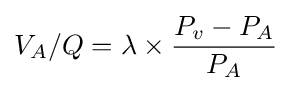
V_{A}/Q={\lambda }\times {\frac {P_{v}-P_{A}}{P_{A}}}